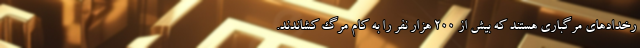
رخدادهای مرگباری هستند که بیش از ۲۰۰ هزار نفر را به کام مرگ کشاندند.